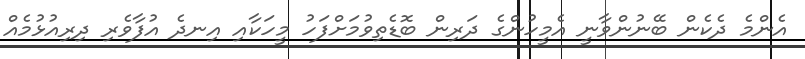
އެންމެ ދެކެން ބޭނުންވާނީ އެމީހުންގެ ދަރިން ބޮޑެތިވުމަށްފަހު މީހަކާއި އިނދެ އުފާވެރި ދިރިއުޅުމެއް